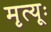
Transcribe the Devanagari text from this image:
मृत्यूः